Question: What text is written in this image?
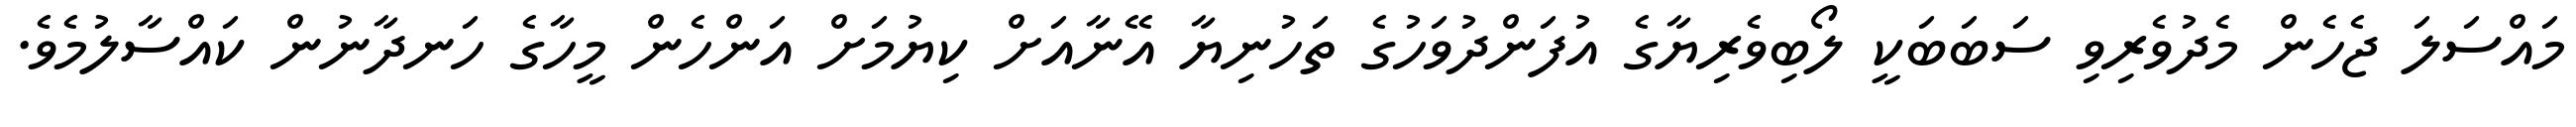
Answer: މައްސަލަ ޖެހެން މެދުވެރިވި ސަބަބަކީ ލޯބިވެރިޔާގެ އުފަންދުވަހުގެ ތަހުނިޔާ އޭނާއަށް ކިޔުމަށް އަންހެން މީހާގެ ހަނދާނުން ކައްސާލުމެވެ.